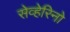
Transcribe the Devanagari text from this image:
सेव्हेरिनो